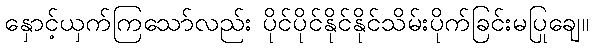
နှောင့်ယှက်ကြသော်လည်း ပိုင်ပိုင်နိုင်နိုင်သိမ်းပိုက်ခြင်းမပြုချေ။